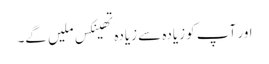
اور آپ کو زیادہ سے زیادہ تھینکس ملیں گے۔